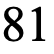
81